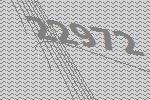
22972